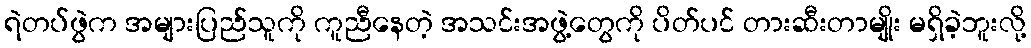
ရဲတပ်ဖွဲက အများပြည်သူကို ကူညီနေတဲ့ အသင်းအဖွဲ့တွေကို ပိတ်ပင် တားဆီးတာမျိုး မရှိခဲ့ဘူးလို့